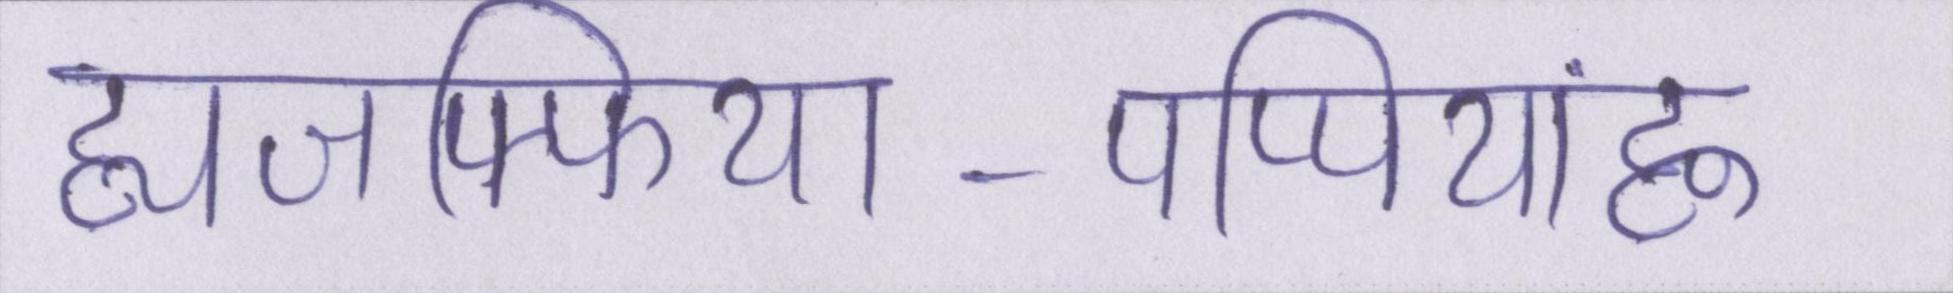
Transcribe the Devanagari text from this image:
ह्यजफ्फिया-पप्पियांह्ण